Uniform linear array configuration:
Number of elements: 64
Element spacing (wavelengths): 0.75
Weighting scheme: cosine
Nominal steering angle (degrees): -45
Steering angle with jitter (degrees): -46.615
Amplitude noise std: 0.05
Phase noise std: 0.05

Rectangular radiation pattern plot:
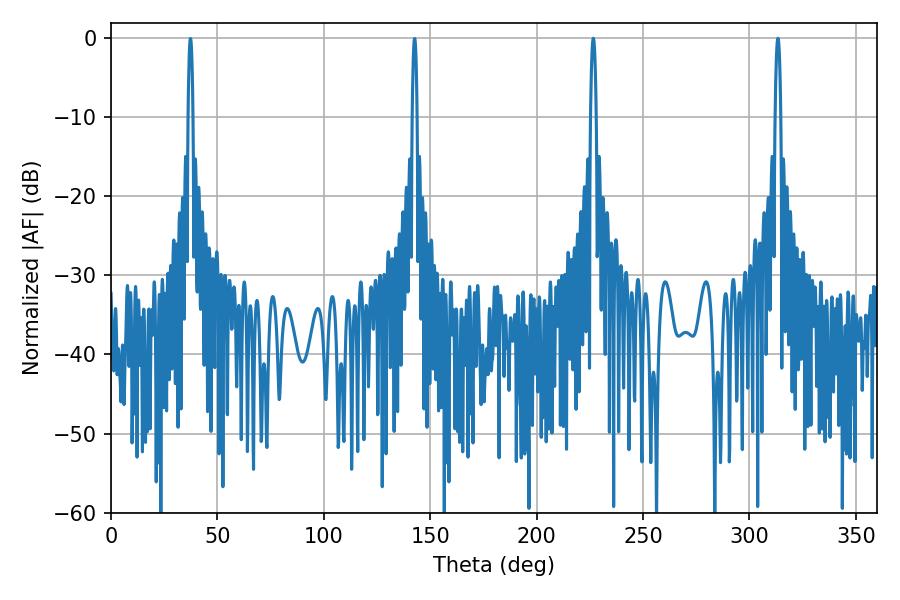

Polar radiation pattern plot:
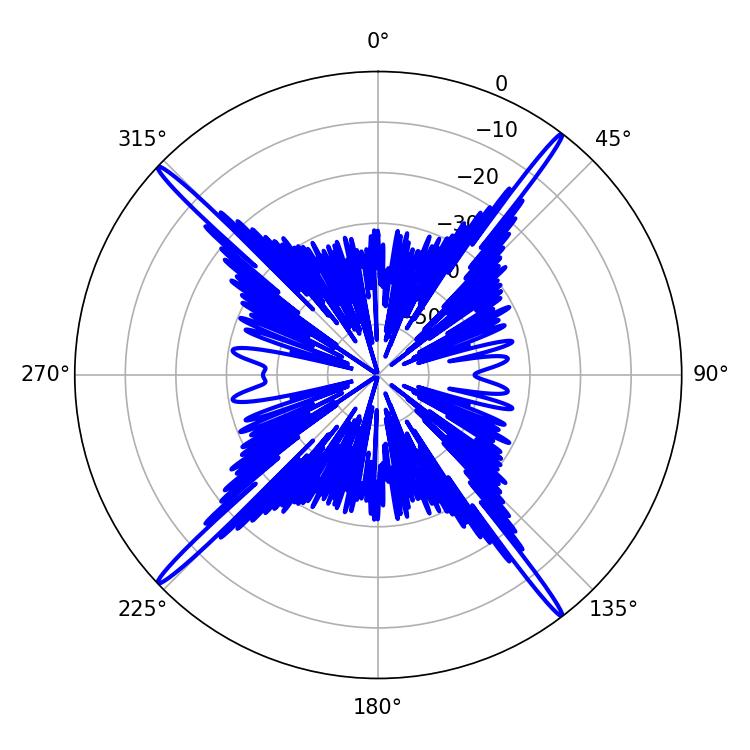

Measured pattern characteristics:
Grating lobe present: TRUE
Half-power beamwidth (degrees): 1.44
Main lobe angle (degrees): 226.62